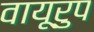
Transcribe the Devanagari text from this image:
वायूरुप